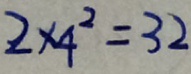
2 \times 4 ^ { 2 } = 3 2